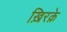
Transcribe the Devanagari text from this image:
ख़िरक़े